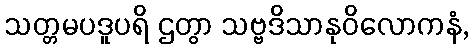
သတ္တမပဒူပရိ ဌတွာ သဗ္ဗဒိသာနုဝိလောကနံ,